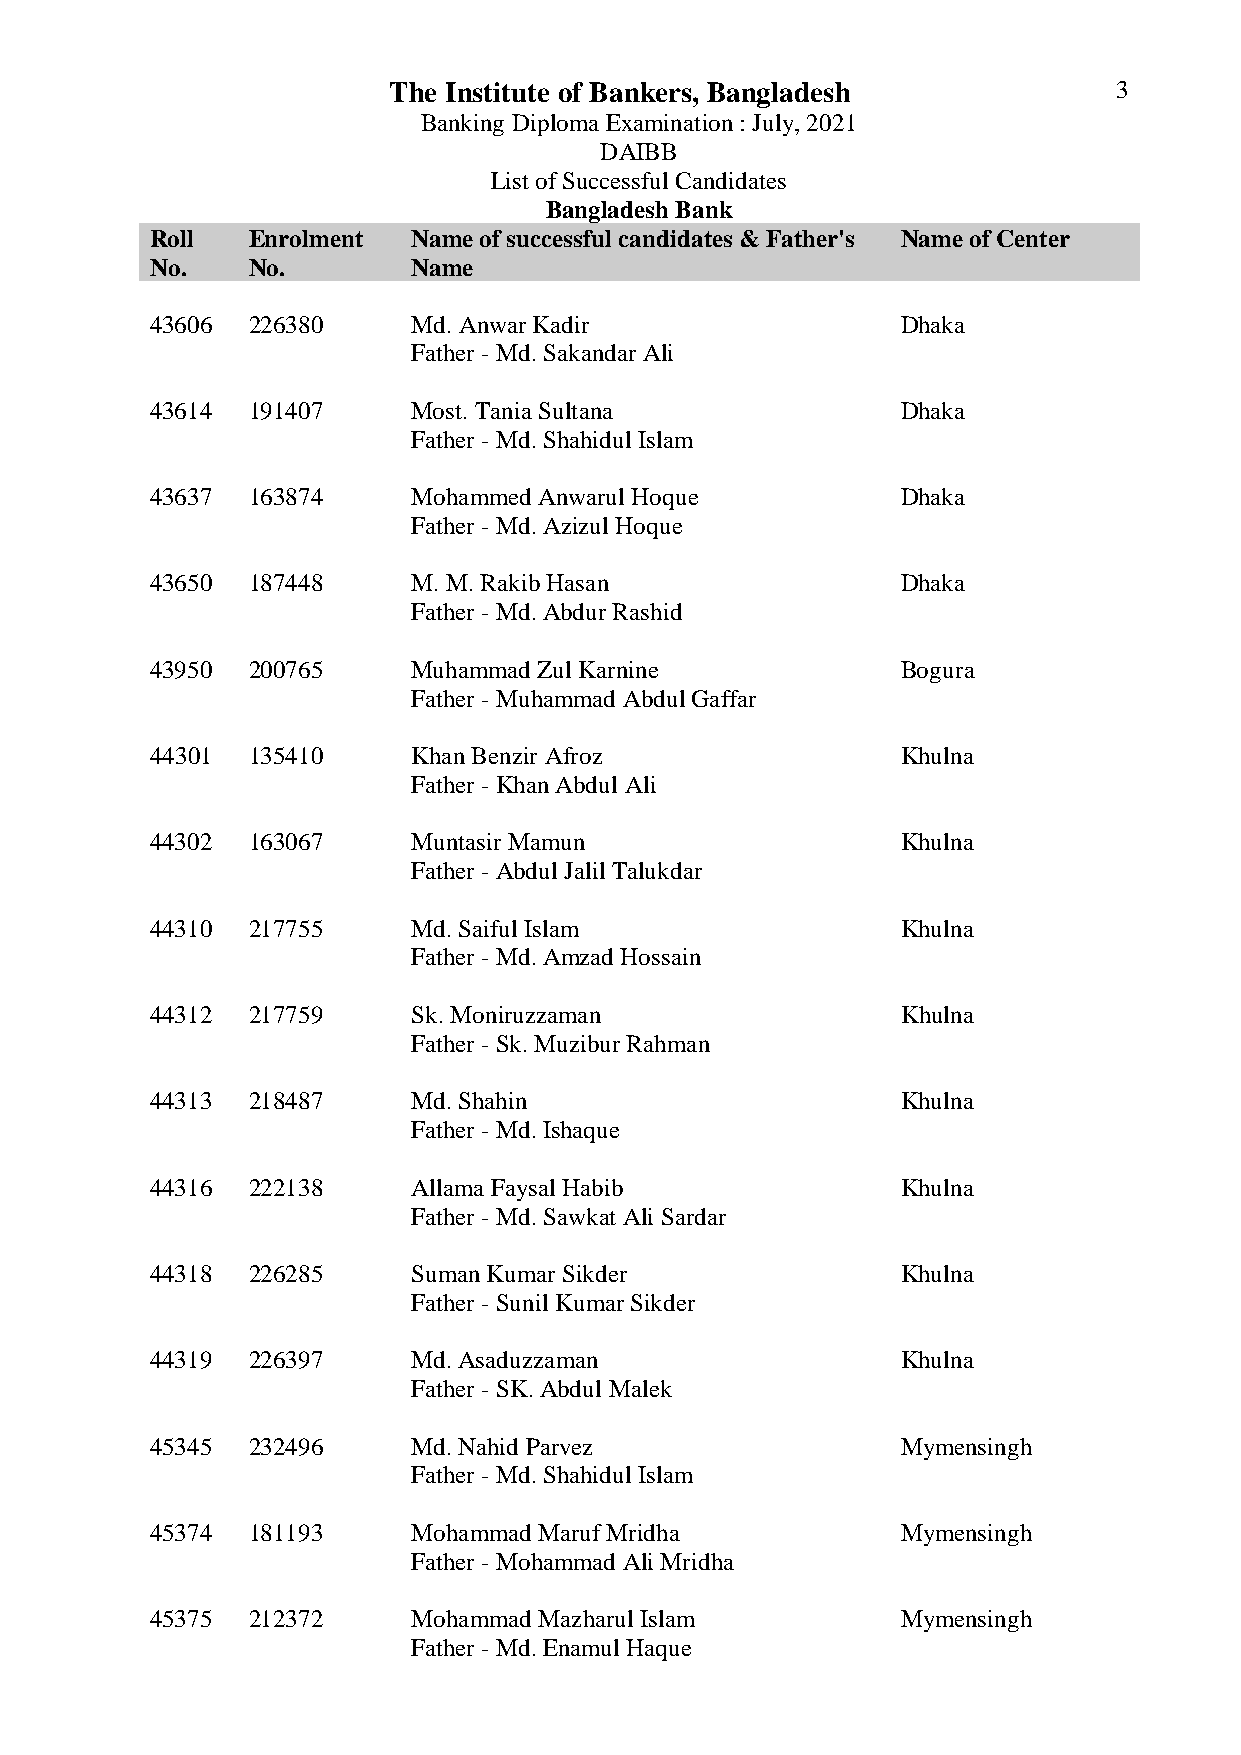
The Institute of Bankers, Bangladesh            3
 Banking Diploma Examination : July, 2021
 DAIBB
 List of Successful Candidates
 Bangladesh Bank
 Roll  Enrolment  Name of successful candidates & Father's Name of Center
 No.   No.        Name
 43606 226380     Md. Anwar Kadir                  Dhaka
 Father - Md. Sakandar Ali
 43614 191407     Most. Tania Sultana              Dhaka
 Father - Md. Shahidul Islam
 43637 163874     Mohammed Anwarul Hoque           Dhaka
 Father - Md. Azizul Hoque
 43650 187448     M. M. Rakib Hasan                Dhaka
 Father - Md. Abdur Rashid
 43950 200765     Muhammad Zul Karnine             Bogura
 Father - Muhammad Abdul Gaffar
 44301 135410     Khan Benzir Afroz                Khulna
 Father - Khan Abdul Ali
 44302 163067     Muntasir Mamun                   Khulna
 Father - Abdul Jalil Talukdar
 44310 217755     Md. Saiful Islam                 Khulna
 Father - Md. Amzad Hossain
 44312 217759     Sk. Moniruzzaman                 Khulna
 Father - Sk. Muzibur Rahman
 44313 218487     Md. Shahin                       Khulna
 Father - Md. Ishaque
 44316 222138     Allama Faysal Habib              Khulna
 Father - Md. Sawkat Ali Sardar
 44318 226285     Suman Kumar Sikder               Khulna
 Father - Sunil Kumar Sikder
 44319 226397     Md. Asaduzzaman                  Khulna
 Father - SK. Abdul Malek
 45345 232496     Md. Nahid Parvez                 Mymensingh
 Father - Md. Shahidul Islam
 45374 181193     Mohammad Maruf Mridha            Mymensingh
 Father - Mohammad Ali Mridha
 45375 212372     Mohammad Mazharul Islam          Mymensingh
 Father - Md. Enamul Haque